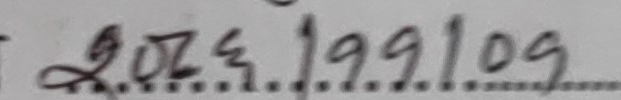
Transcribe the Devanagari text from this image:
२०४६।११।०९